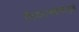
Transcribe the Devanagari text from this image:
निवेदनशैलीमुळे